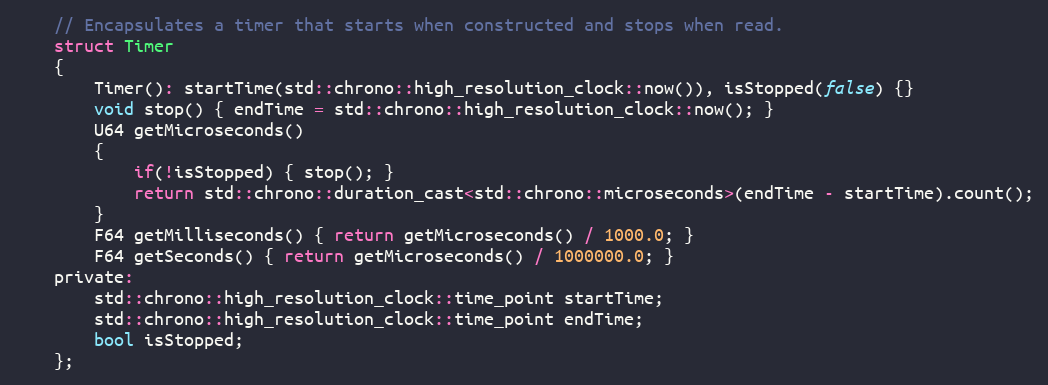
Language: C
	// Encapsulates a timer that starts when constructed and stops when read.
	struct Timer
	{
		Timer(): startTime(std::chrono::high_resolution_clock::now()), isStopped(false) {}
		void stop() { endTime = std::chrono::high_resolution_clock::now(); }
		U64 getMicroseconds()
		{
			if(!isStopped) { stop(); }
			return std::chrono::duration_cast<std::chrono::microseconds>(endTime - startTime).count();
		}
		F64 getMilliseconds() { return getMicroseconds() / 1000.0; }
		F64 getSeconds() { return getMicroseconds() / 1000000.0; }
	private:
		std::chrono::high_resolution_clock::time_point startTime;
		std::chrono::high_resolution_clock::time_point endTime;
		bool isStopped;
	};